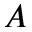
A